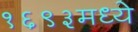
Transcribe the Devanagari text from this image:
१६९३मध्ये